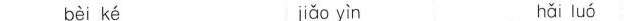
bèi ké jiǎo yìn hǎi luó